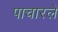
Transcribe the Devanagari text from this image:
पाचारले